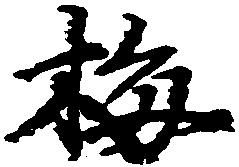
梅